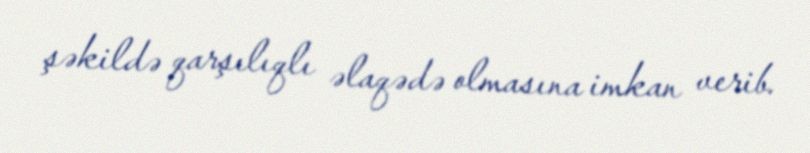
şəkildə qarşılıqlı əlaqədə olmasına imkan verib.